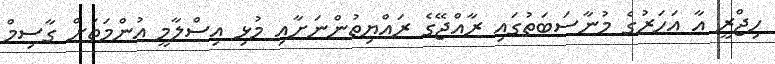
ހިޖްރީ އާ އަހަރުގެ މުނާސަބަތުގައި ރާއްޖޭގެ ރައްޔިތުންނަށާއި މުޅި އިސްލާމީ އުންމަތަށް ގާސިމް